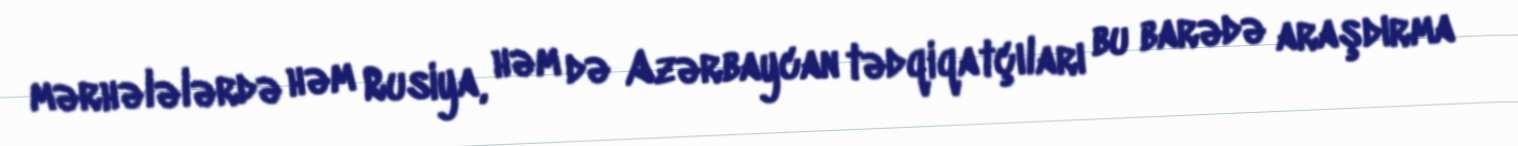
mərhələlərdə həm Rusiya, həm də Azərbaycan tədqiqatçıları bu barədə araşdırma